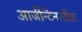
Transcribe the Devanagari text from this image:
आर्जेन्टिनातील